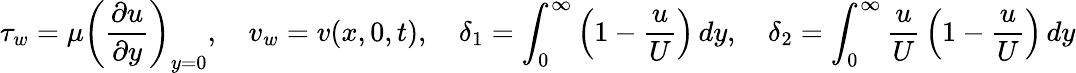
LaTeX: \tau_{w}=\mu\left({\frac{\partial u}{\partial y}}\right)_{y=0},\quad v_{w}=v(x,0,t),\quad\delta_{1}=\int_{0}^{\infty}\left(1-{\frac{u}{U}}\right)\, dy,\quad\delta_{2}=\int_{0}^{\infty}{\frac{u}{U}}\left(1-{\frac{u}{U}}\right)\, dy